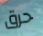
حرق